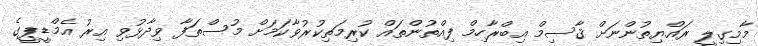
މާމިގިލީ ރައްޔިތުންނަށް ޤާސިމް އިބްރާހިމް ފިއްތުންތައް ކުރިމަތިކުރުވާކަމަށް މުސްތަފާ ވިދާޅުވި އިރު އެމްޑީޕީގެ